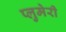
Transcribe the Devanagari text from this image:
प्लुमेरी